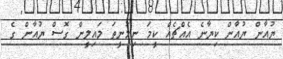
ޔުއާން ޔުއާން ކިޔާނެ އެއްޗެއް ކީމަ ނިމުނީތަ މައިލީން ގޮސް ޔުއާން ގެ